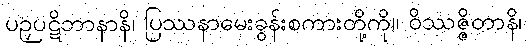
ပဉှပဋိဘာနာနိ၊ ပြဿနာမေးခွန်းစကားတို့ကို။ ဝိဿဇ္ဇိတာနိ၊